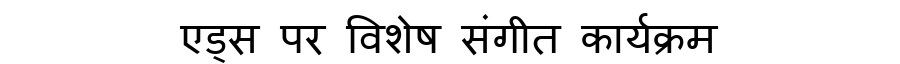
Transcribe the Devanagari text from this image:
एड्स पर विशेष संगीत कार्यक्रम